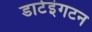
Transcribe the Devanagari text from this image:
डार्टइंगटन